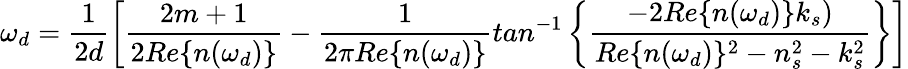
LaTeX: \omega_{d}=\frac{1}{2d}\left[\frac{2m+1}{2Re\{ n(\omega_{d})\} }-\frac{1}{2\pi Re\{ n(\omega_{d})\} }tan^{-1}\left\{ \frac{-2Re\{ n(\omega_{d})\} k_{s})}{Re\{ n(\omega_{d})\} ^{2}-n_{s}^{2}-k_{s}^{2}}\right\} \right]